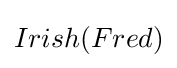
Irish(Fred)